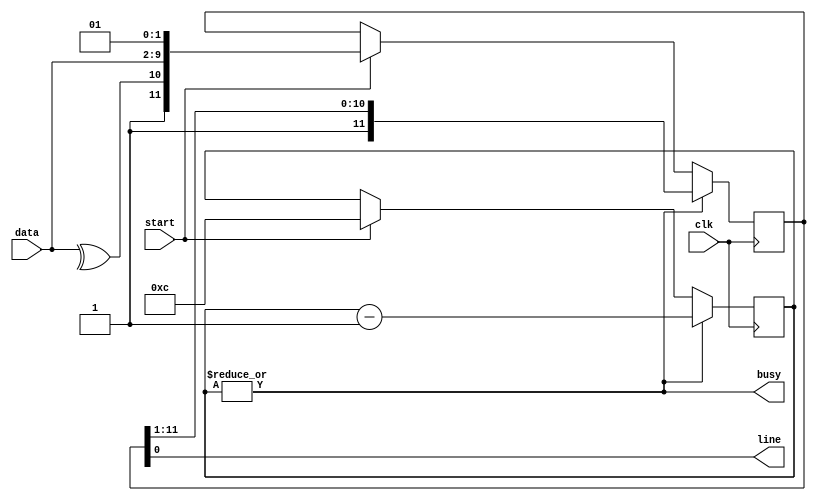
module simpleUARTtx (input [7:0] data, // byte to transmit
					 input start,      // set to one to start TX
					 input clk,        // baud clock signal
					 output busy,      // is 1 while sending
					 output line       // serial data output
					 );

reg  [3:0] counter = 0;
reg [11:0] shiftreg = 12'b111111111111;
					 // Starting point: PE76543210SI (12 bits)
					 // P: stop mark (always 1)
					 // E: even parity
					 // 7-0 data bits
					 // S: start mark (always 0)
					 // I: idle mark (always 1)
					 
assign line = shiftreg[0]; // line is always the lsb of register
assign busy = |counter;    // busy unless counter = 0
assign even = ^data;       // parity of data byte

always @ (posedge clk) begin
	if (busy) begin 
		shiftreg <= {1'b1, shiftreg[11:1]};
		counter <= counter - 1'b1;
	end
    else if (start) begin
        shiftreg <= {1'b1, even, data[7:0], 1'b0, 1'b1};
        counter <= 4'd12;
    end
end

endmodule